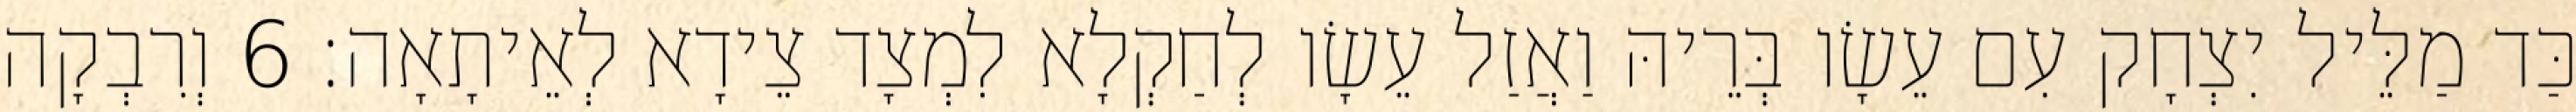
כַּד מַלֵּיל יִצְחָק עִם עֵשָׂו בְּרֵיהּ וַאֲזַל עֵשָׂו לְחַקְלָא לִמְצָד צֵידָא לְאֵיתָאָה׃ 6 וְרִבְקָה